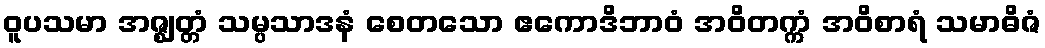
ဝူပသမာ အဇ္ဈတ္တံ သမ္ပသာဒနံ စေတသော ဧကောဒိဘာဝံ အဝိတက္ကံ အဝိစာရံ သမာဓိဇံ